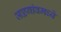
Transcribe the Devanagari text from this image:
जळगांवमध्ये